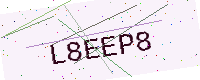
Text: L8EEP8